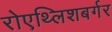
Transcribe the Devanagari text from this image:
रोएथ्लिशबर्गर